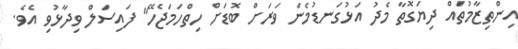
އިންތިޒާމުތައް ދިޔަގޮތާ މެދު އަޅުގަނޑުމެން ވަރަށް ބޮޑަށް ހިތްހަމަޖެހޭ" ފައިސަލް ވިދާޅުވި އެވެ.